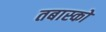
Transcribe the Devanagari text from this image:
तबास्को